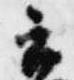
衣